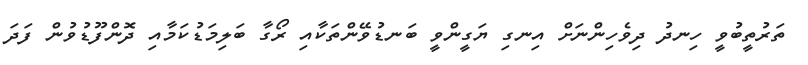
ތަރުތީބުވީ ހިނދު ދިވެހިންނަށްް އިނގި ޔަގީންވީ ބަނޑުވޭންތަކާއި ރޯގާ ބަލިމަޑުކަމާއި ދޮންފޫޑުވުން ފަދަ